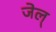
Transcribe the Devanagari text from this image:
जेल्